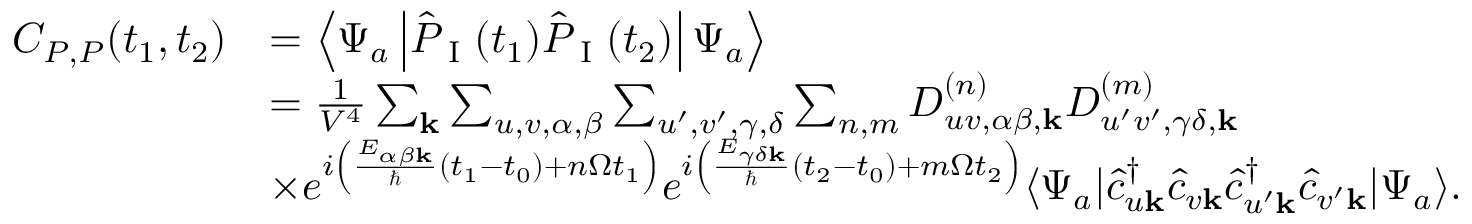
\begin{array} { r l } { C _ { P , P } ( t _ { 1 } , t _ { 2 } ) } & { = \left\langle \Psi _ { a } \left| \hat { P } _ { \textrm { I } } ( t _ { 1 } ) \hat { P } _ { \textrm { I } } ( t _ { 2 } ) \right| \Psi _ { a } \right\rangle } \\ & { = \frac { 1 } { V ^ { 4 } } \sum _ { \mathbf { k } } \sum _ { u , v , \alpha , \beta } \sum _ { u ^ { \prime } , v ^ { \prime } , \gamma , \delta } \sum _ { n , m } D _ { u v , \alpha \beta , \mathbf { k } } ^ { ( n ) } D _ { u ^ { \prime } v ^ { \prime } , \gamma \delta , \mathbf { k } } ^ { ( m ) } } \\ & { \times e ^ { i \left( \frac { E _ { \alpha \beta \mathbf { k } } } { \hbar } ( t _ { 1 } - t _ { 0 } ) + n \Omega t _ { 1 } \right) } e ^ { i \left( \frac { E _ { \gamma \delta \mathbf { k } } } { \hbar } ( t _ { 2 } - t _ { 0 } ) + m \Omega t _ { 2 } \right) } \langle \Psi _ { a } | \hat { c } _ { u \mathbf { k } } ^ { \dagger } \hat { c } _ { v \mathbf { k } } \hat { c } _ { u ^ { \prime } \mathbf { k } } ^ { \dagger } \hat { c } _ { v ^ { \prime } \mathbf { k } } | \Psi _ { a } \rangle . } \end{array}